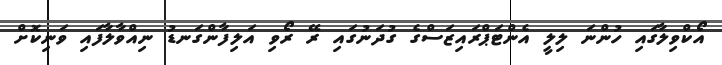
އޯކްވިލާގައި ހުންނަ ލިލީ އެންޓަޕްރައިޒަސްގެ ގުދަނުގައި ރޭ ރޯވި އަލިފާންގަނޑު ނިއްވާލާފައި ވަނިކޮށް